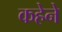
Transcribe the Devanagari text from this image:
कहेने